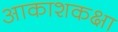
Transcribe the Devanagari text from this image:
आकाशकक्षा